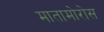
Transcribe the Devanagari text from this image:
मातामोरोस